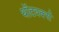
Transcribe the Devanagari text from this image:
थॉटवर्क्स